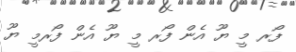
ފޯރ މީ ޔޫ އެން ފޯރ މީ ޔޫ އެން ފޯރމީ ޔޫ